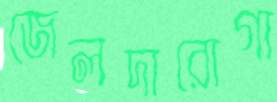
জেলদারোগা